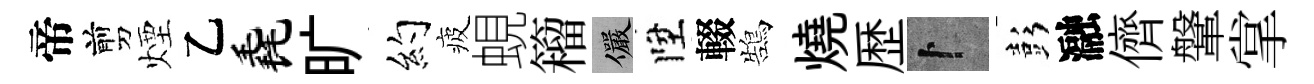
帝剪煙乙毳旷约疲蜆籕儼陞輟鵠燒歴卜彭瀜儕鞶掌